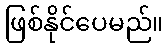
ဖြစ်နိုင်ပေမည်။